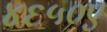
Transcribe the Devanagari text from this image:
४६५०ए